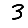
Digit: 3